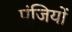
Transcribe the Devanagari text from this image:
पूंजियों